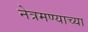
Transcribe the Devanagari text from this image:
नेत्रमण्याच्या